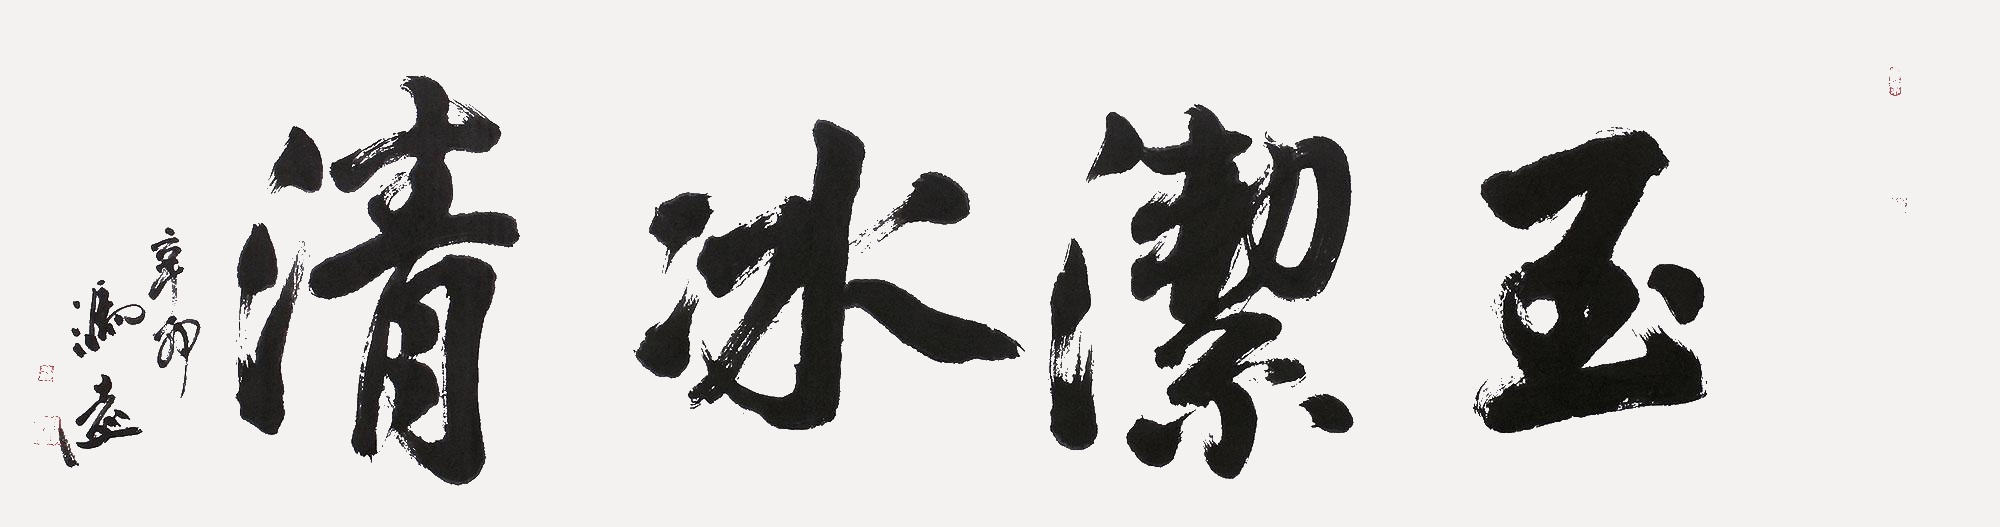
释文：玉洁冰清辛卯冯远。